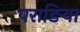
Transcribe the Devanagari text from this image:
पराङिया